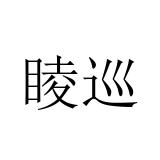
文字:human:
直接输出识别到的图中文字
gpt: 睖巡